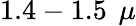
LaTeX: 1.4-1.5~\, \mu